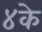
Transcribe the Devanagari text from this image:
४के